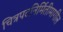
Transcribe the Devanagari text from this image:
चित्रपटनिर्मितीमागील